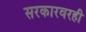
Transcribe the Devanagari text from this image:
सरकारवरही